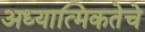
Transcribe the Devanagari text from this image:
अध्यात्मिकतेचे